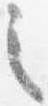
之